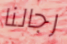
رجالنا